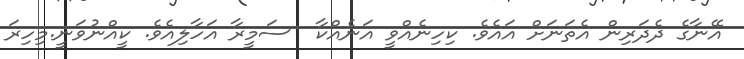
އޭނާގެ ދެދަރިން އެތަނަށް އައެވެ. ކިހިނެއްވީ އަނެއްކާ  ސަމީރާ އަހާލިއެވެ. ކީއްނުވަނީ.މިހިރަ